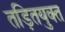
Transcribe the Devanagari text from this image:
तड़ितयुक्त